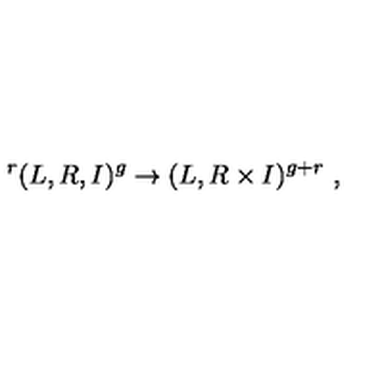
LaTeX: \ ^ { r } ( L , R , I ) ^ { g } \to ( L , R \times I ) ^ { g + r } \ ,